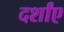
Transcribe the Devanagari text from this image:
दर्शांए